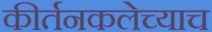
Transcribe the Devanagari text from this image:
कीर्तनकलेच्याच